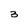
Character: 3